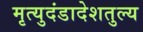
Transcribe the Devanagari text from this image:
मृत्युदंडादेशतुल्य